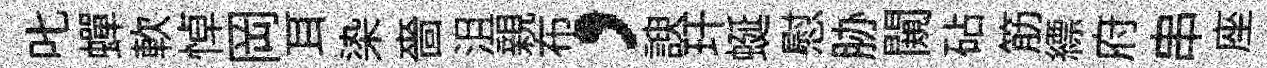
叱蟬軟悼岡耳𣑱嗇沮親布，諛玕蜒慰胁闚砧筋縹府串座